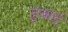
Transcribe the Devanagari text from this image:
डुबाई